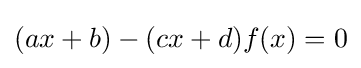
(ax+b)-(cx+d)f(x)=0